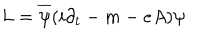
LaTeX: L = \overline { { { \psi } } } ( i \partial _ { t } - m - e A ) \psi